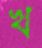
খ